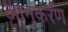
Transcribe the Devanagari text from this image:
आनुकरण